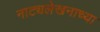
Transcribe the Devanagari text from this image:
नाट्यलेखनाच्या